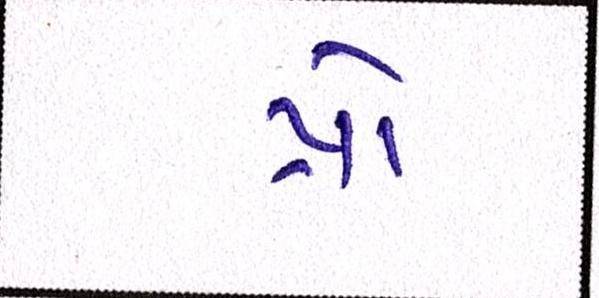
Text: પ્રો